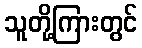
သူတို့ကြားတွင်